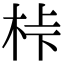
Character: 桛